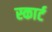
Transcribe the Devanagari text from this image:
स्कार्ट